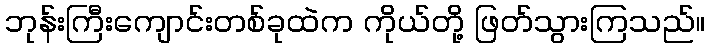
ဘုန်းကြီးကျောင်းတစ်ခုထဲက ကိုယ်တို့ ဖြတ်သွားကြသည်။